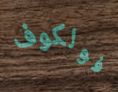
فولكوف